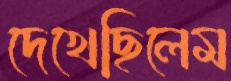
দেখেছিলেম